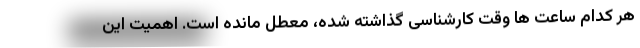
هر کدام ساعت ها وقت کارشناسی گذاشته شده، معطل مانده است. اهمیت این